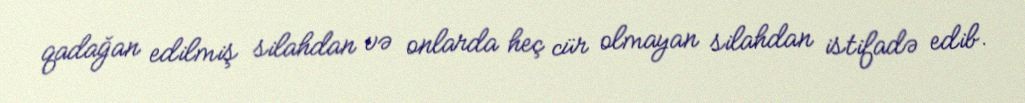
qadağan edilmiş silahdan və onlarda heç cür olmayan silahdan istifadə edib.